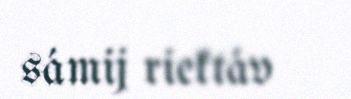
sámij riektáv